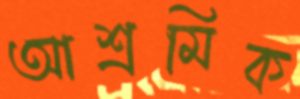
আশ্রমিক